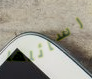
رسائلها